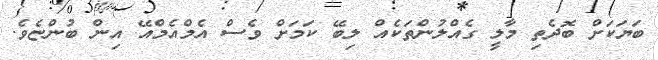
ބަޔަކަށް ބޮދެތި މާލީ ގެއްލުންތަކެއް ލިބޭ ކަމަށް ވެސް އެމްއެމްއޭ އިން ބުންޏެވެ.